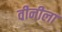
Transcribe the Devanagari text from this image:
वीनीला